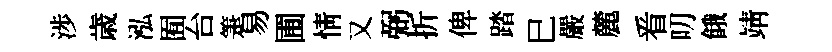
渉歳泓囿台箑易圃情又弼折俾踏巳嚴麓㸔叨餓靖